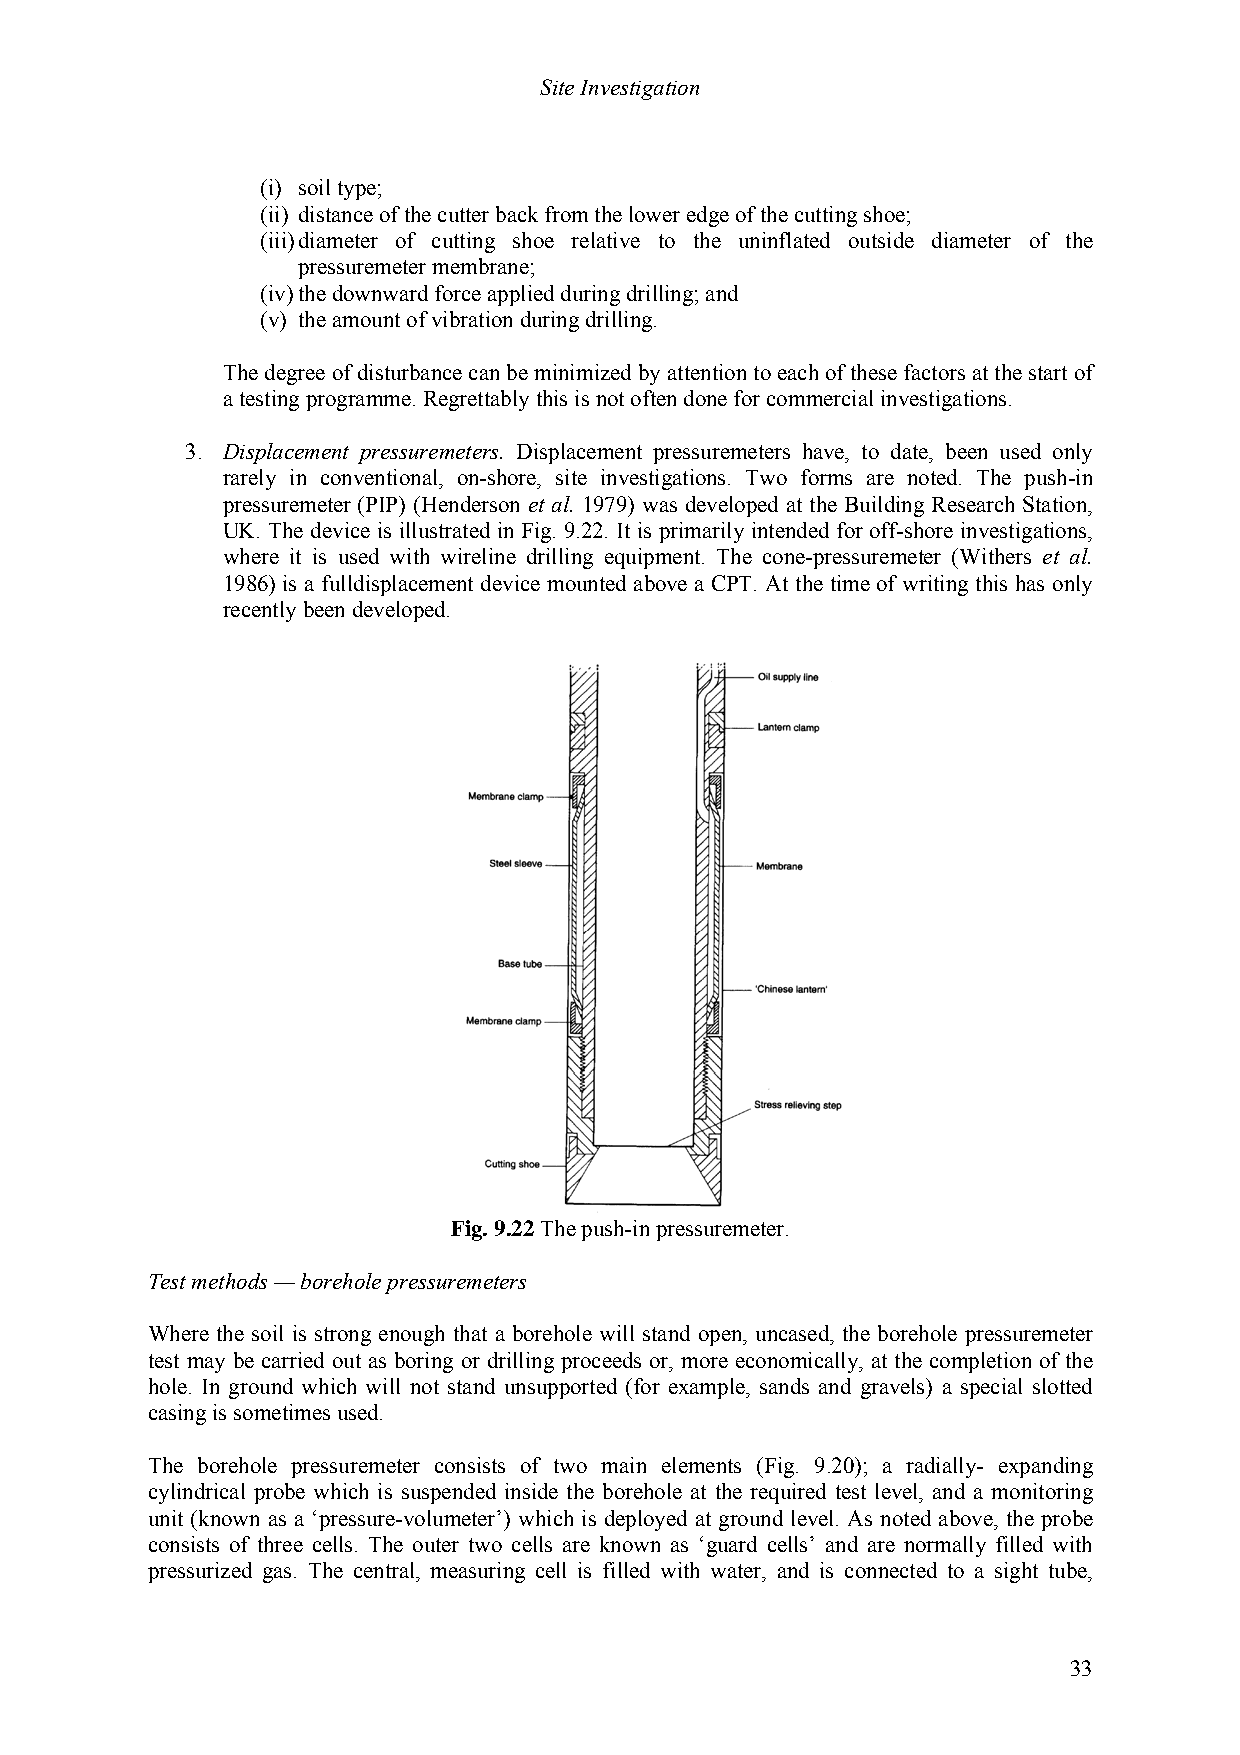
Site Investigation
 (i) soil type;
 (ii) distance of the cutter back from the lower edge of the cutting shoe;
 (iii) diameter of cutting shoe relative to the uninflated outside diameter of the
 pressuremeter membrane;
 (iv) the downward force applied during drilling; and
 (v) the amount of vibration during drilling.
 The degree of disturbance can be minimized by attention to each of these factors at the start of
 a testing programme. Regrettably this is not often done for commercial investigations.
 3. Displacement pressuremeters. Displacement pressuremeters have, to date, been used only
 rarely in conventional, on-shore, site investigations. Two forms are noted. The push-in
 pressuremeter (PIP) (Henderson et al. 1979) was developed at the Building Research Station,
 UK. The device is illustrated in Fig. 9.22. It is primarily intended for off-shore investigations,
 where it is used with wireline drilling equipment. The cone-pressuremeter (Withers et al.
 1986) is a fulldisplacement device mounted above a CPT. At the time of writing this has only
 recently been developed.
 Fig. 9.22 The push-in pressuremeter.
 Test methods — borehole pressuremeters
 Where the soil is strong enough that a borehole will stand open, uncased, the borehole pressuremeter
 test may be carried out as boring or drilling proceeds or, more economically, at the completion of the
 hole. In ground which will not stand unsupported (for example, sands and gravels) a special slotted
 casing is sometimes used.
 The borehole pressuremeter consists of two main elements (Fig. 9.20); a radially- expanding
 cylindrical probe which is suspended inside the borehole at the required test level, and a monitoring
 unit (known as a ‘pressure-volumeter’) which is deployed at ground level. As noted above, the probe
 consists of three cells. The outer two cells are known as ‘guard cells’ and are normally filled with
 pressurized gas. The central, measuring cell is filled with water, and is connected to a sight tube,
 33